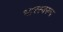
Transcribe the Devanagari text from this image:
भारस्वरूप